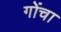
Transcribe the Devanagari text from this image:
गोंचा